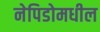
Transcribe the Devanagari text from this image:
नेपिडोमधील